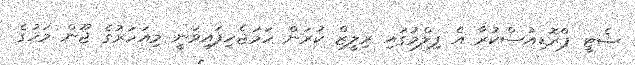
ޝެޓީ ޕްރޮޑިއުސްކުރާ އެ ފިލްމުގައި ރިލީޒް ކުރަން ހަމަޖެހިފައިވަނީ މިއަހަރުގެ ޖޫން މަހުގެ